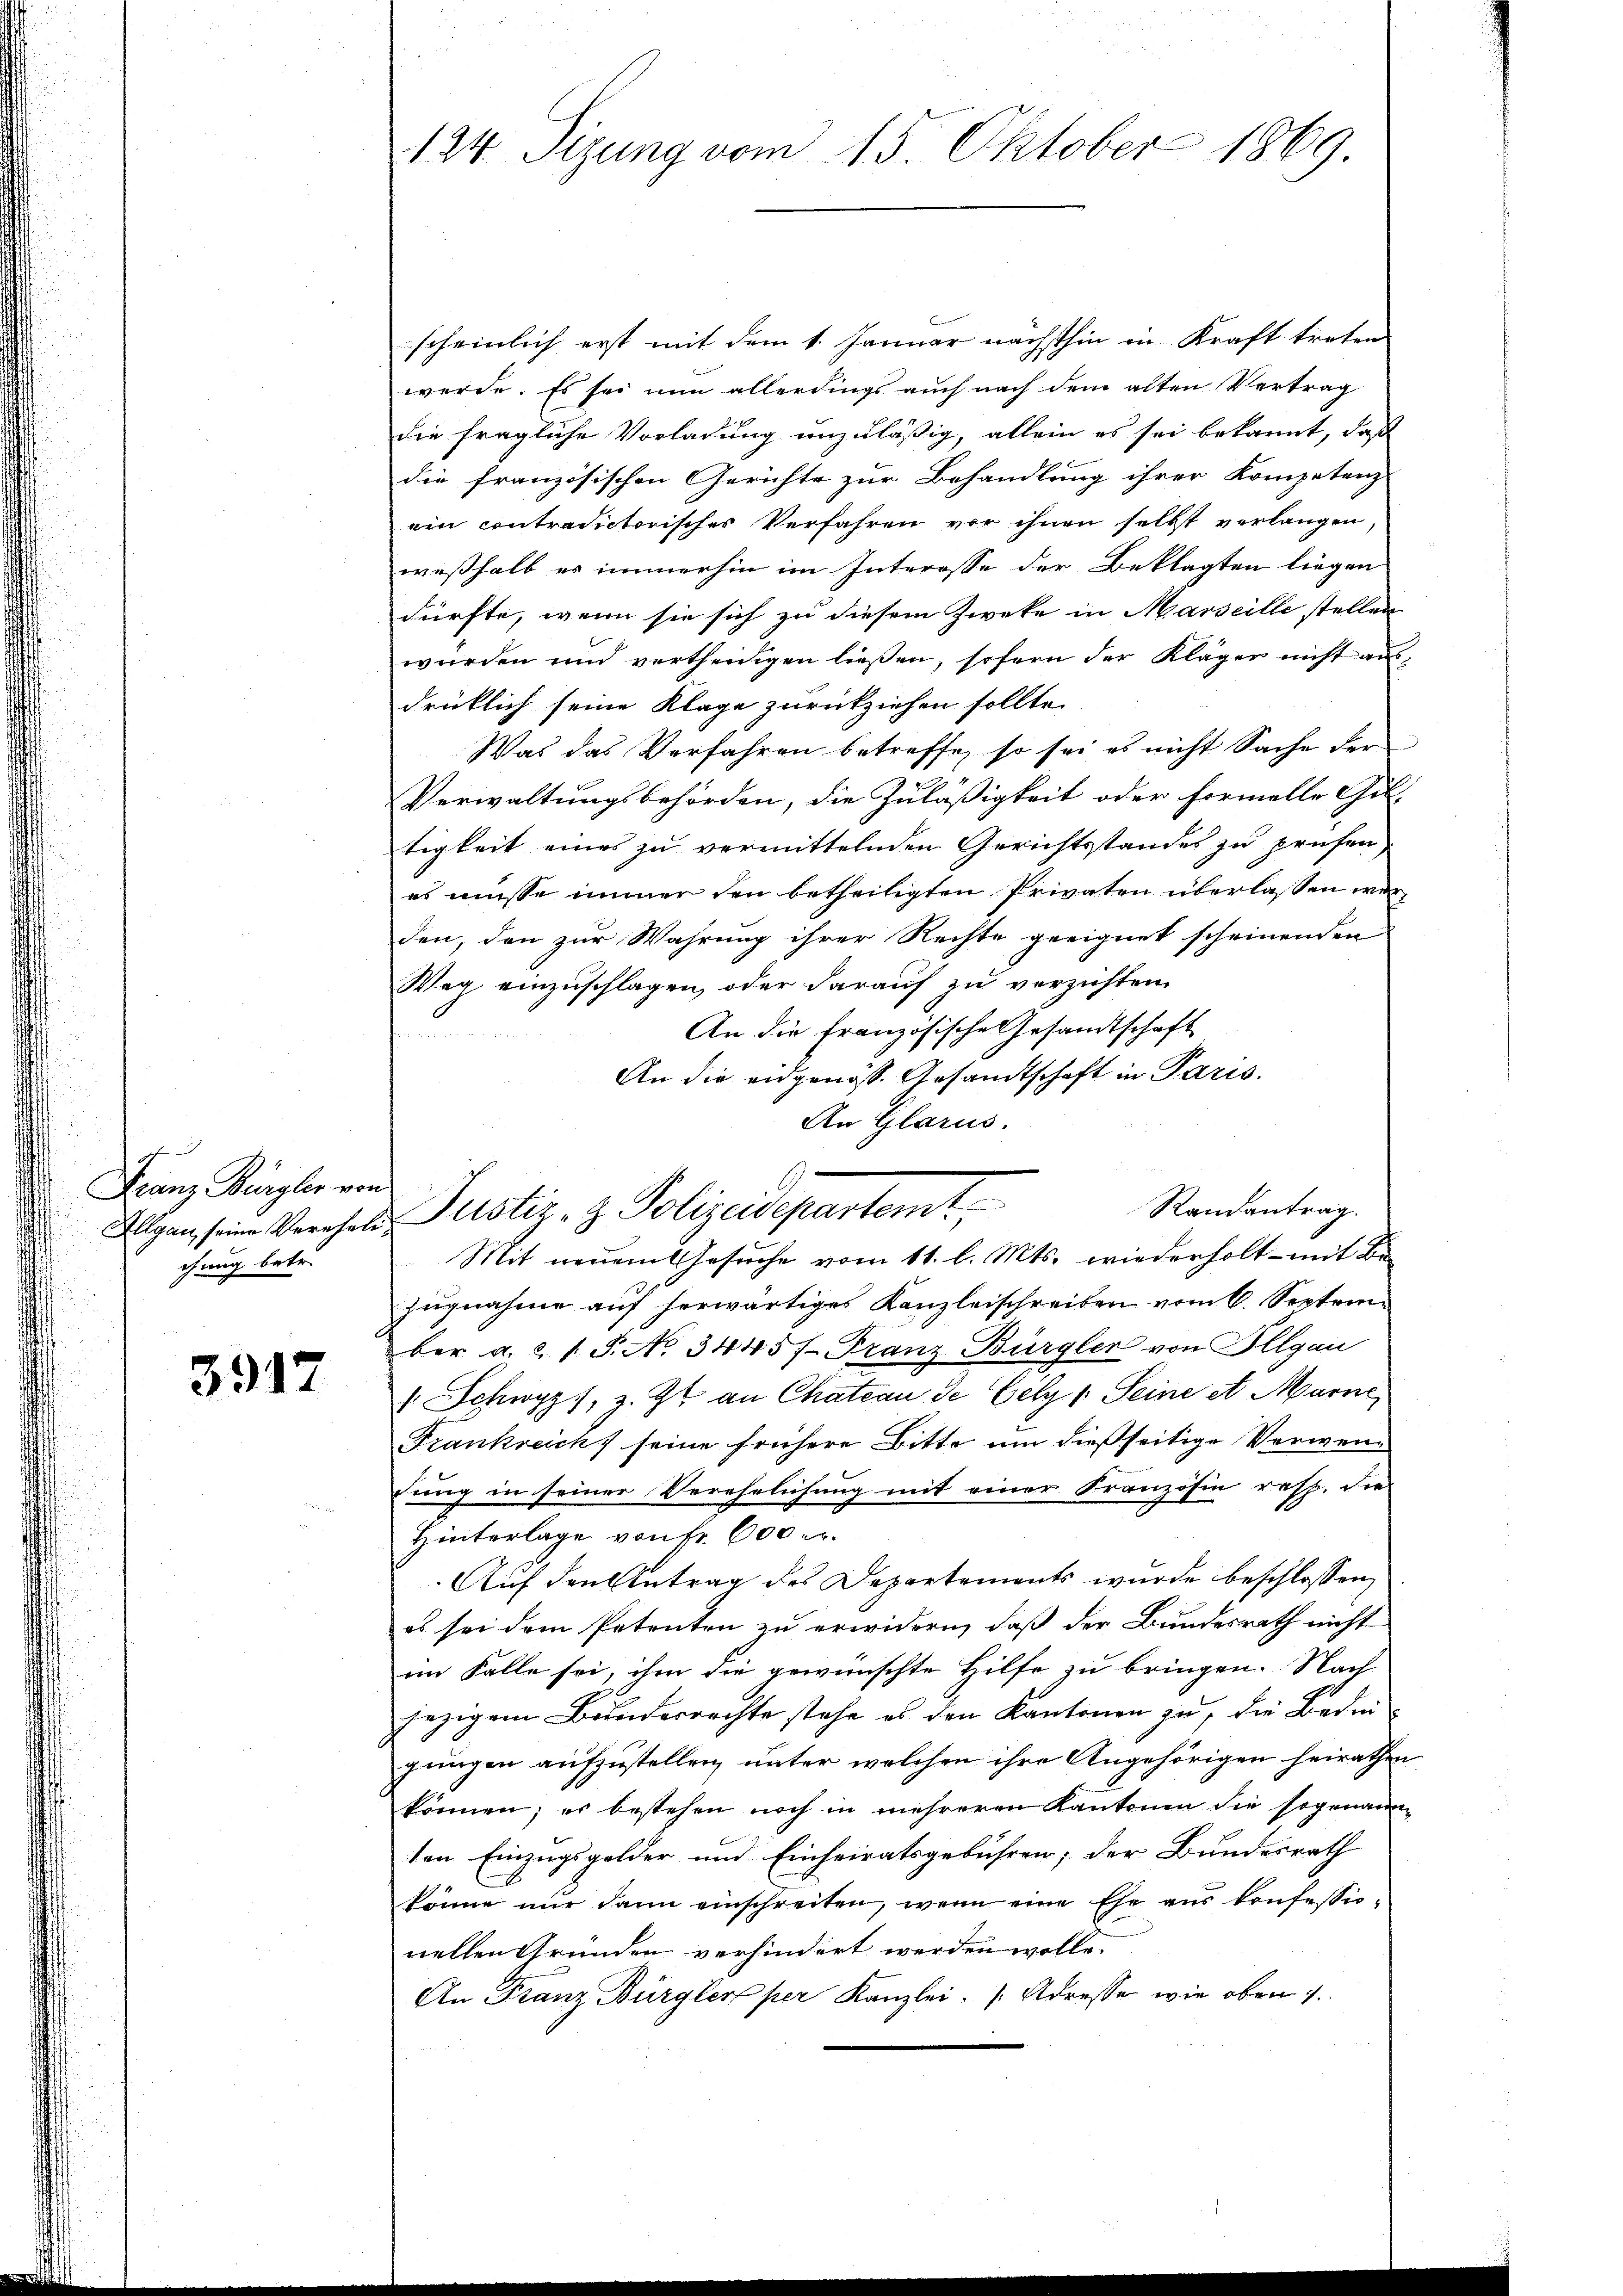
iz Bürgler von
tung betr.

3917

124. Sizung vom 15. Oktober 1869

scheinlich erst mit dem 1. Januar nächsthin in Kraft treten
werde. Es sei nun allerdings auch nach dem alten Vertrag
die fragliche Vorladung unzuläßig, allein es sei bekannt, daß
die französischen Gerichte zur Behandlung ihrer Kompetenz-
ain contradictorischer Verfahren vor ihnen selbst vorlangen,
weßhalb es immerhin im Interosse der Beklagten liegen
dürfte, wenn sie sich zu diesem Zweke in Marseille stellen
wurden und vertheinigen ließen, sofern der Kläger nicht aus
drüklich seine Klage zurückziehen sollte.
Was das Verfahren betreffe, so sei es nicht Sache der
Verwaltungsbehörden, die Zuläßigkeit oder formelle Gil-
tigkeit eines zu vermittelnden Gerichtsstandes zu prüfen
es müsse immer den betheiligten Privaten überlassen werden, den zur Wahrung ihrer Rechte geeignet scheinenden
Weg einzuschlagen, oder darauf zu verzichten.
An die Französische Gesandtschaft
An die eidgenöss. Gesandtschaft in Paris.
An Glarus.
Mit neuem Gesŭche vom 11. l. Mts. wiederholt - mit Be-
zugnahme auf herwärtiges Kanzleischreiben vom 6. September a. c. 1 S. No. 3445). Franz-Bürgler von Illgau
 Schwyz), z. Zt. an Chateau de Gely v. Seine et Marne
Frankreich seine frühere Bitte um dießseitige Verwenung in seiner Verehelichung mit einer Französin resp. die
Hinterlage von fr. 600 r.
Auf den Antrag des Departements wurde beschlossen,
es sei dem Petenten zu erwidern, daß der Bundesrath nicht
im Falle sei, ihm die gewünschte Hilfe zu bringen. Nach
jezigem Bunderrechte stehe es den Kantonen zu, die Bedingungen aufzustellen, unter welchen ihre Angehörigen heirathen
können; es bestehen noch in mehreren Kantonen die sogenann
ten Einzugsgelder und Einheiratsgebühren; der Bundesrath
könne nur dann einschreiten, wenn eine Ehe aus konfessionellen Gründen verhindert werden wolle.
An Franz Bürgler per Kanzlei- Adresse, wie oben 1.

Randantrag.
seine Verehende Justiz- & Polizeidepartemt